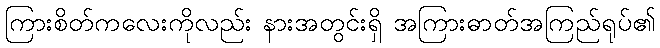
ကြားစိတ်ကလေးကိုလည်း နားအတွင်းရှိ အကြားဓာတ်အကြည်ရုပ်၏